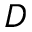
D